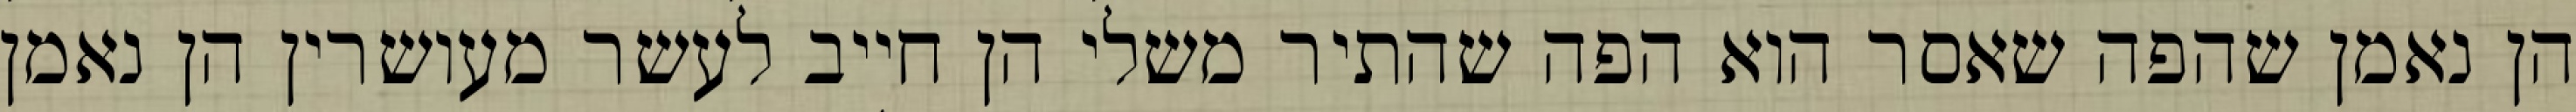
הן נאמן שהפה שאסר הוא הפה שהתיר משלי הן חייב לעשר מעושרין הן נאמן